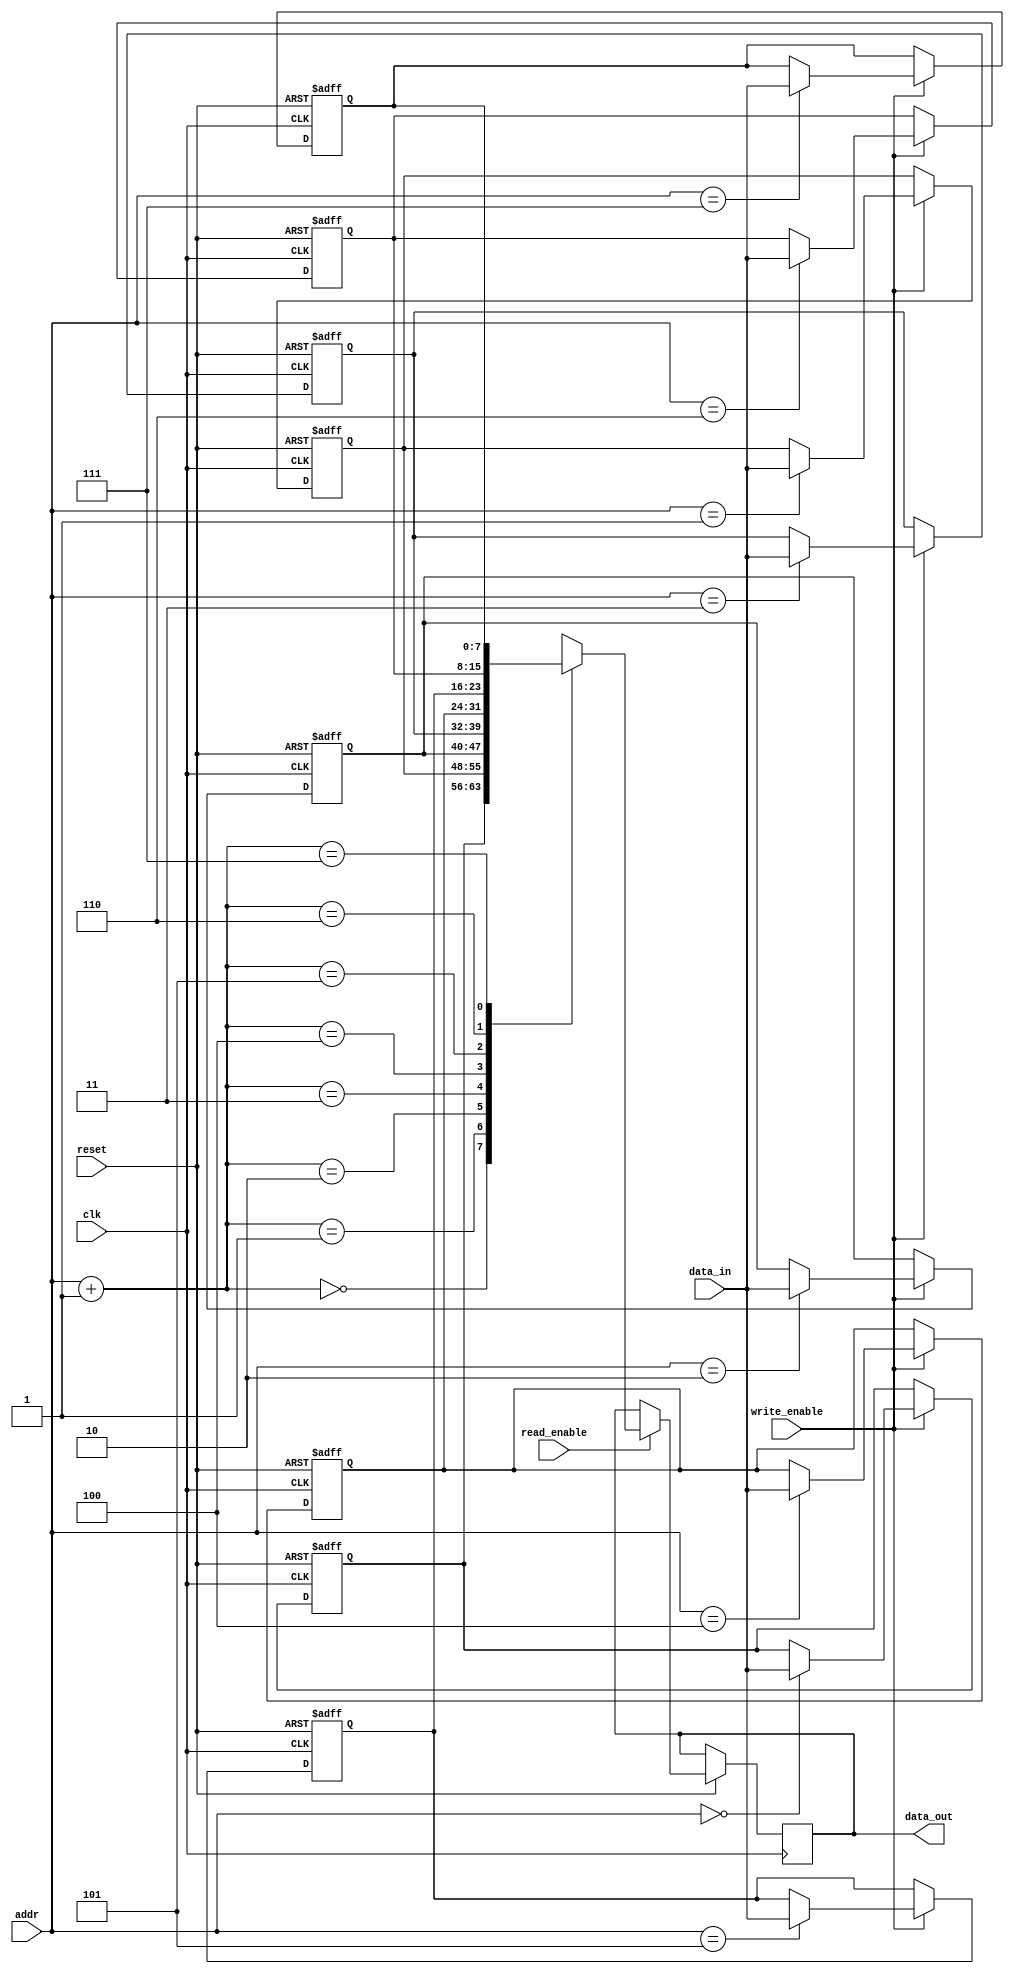
module memory_module (
    input clk,
    input reset,
    input [2:0] addr,        // 38
    input [7:0] data_in,     // 8
    output reg [7:0] data_out, // 8
    input write_enable,
    input read_enable
);

// 8x8
reg [7:0] keys [7:0];

// 
always @(posedge clk, negedge reset) begin
    if (!reset) begin
        //
        keys[0] <= 8'b00000000;
        keys[1] <= 8'b00000001; 
        keys[2] <= 8'b00000010; 
        keys[3] <= 8'b00000100; 
        keys[4] <= 8'b00001000; 
        keys[5] <= 8'b00010000; 
        keys[6] <= 8'b00100000; 
        keys[7] <= 8'b01000000;
    end else begin
        if (write_enable) begin
            // 
            keys[addr] <= data_in;
        end

        if (read_enable) begin
            // 
            data_out <= keys[addr+1];
        end
    end
end

endmodule